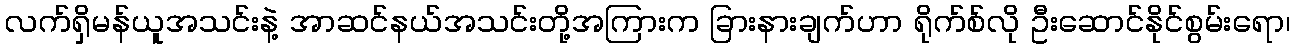
လက်ရှိမန်ယူအသင်းနဲ့ အာဆင်နယ်အသင်းတို့အကြားက ခြားနားချက်ဟာ ရိုက်စ်လို ဦးဆောင်နိုင်စွမ်းရော၊